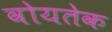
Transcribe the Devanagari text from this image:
वोयतेक